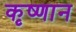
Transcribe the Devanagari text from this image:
कृष्णान